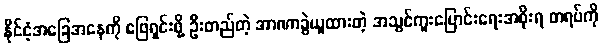
နိုင်ငံ့အခြေအနေကို ဖြေရှင်းဖို့ ဦးတည်တဲ့ အာဏာခွဲယူထားတဲ့ အသွင်ကူးပြောင်းရေးအစိုးရ တရပ်ကို